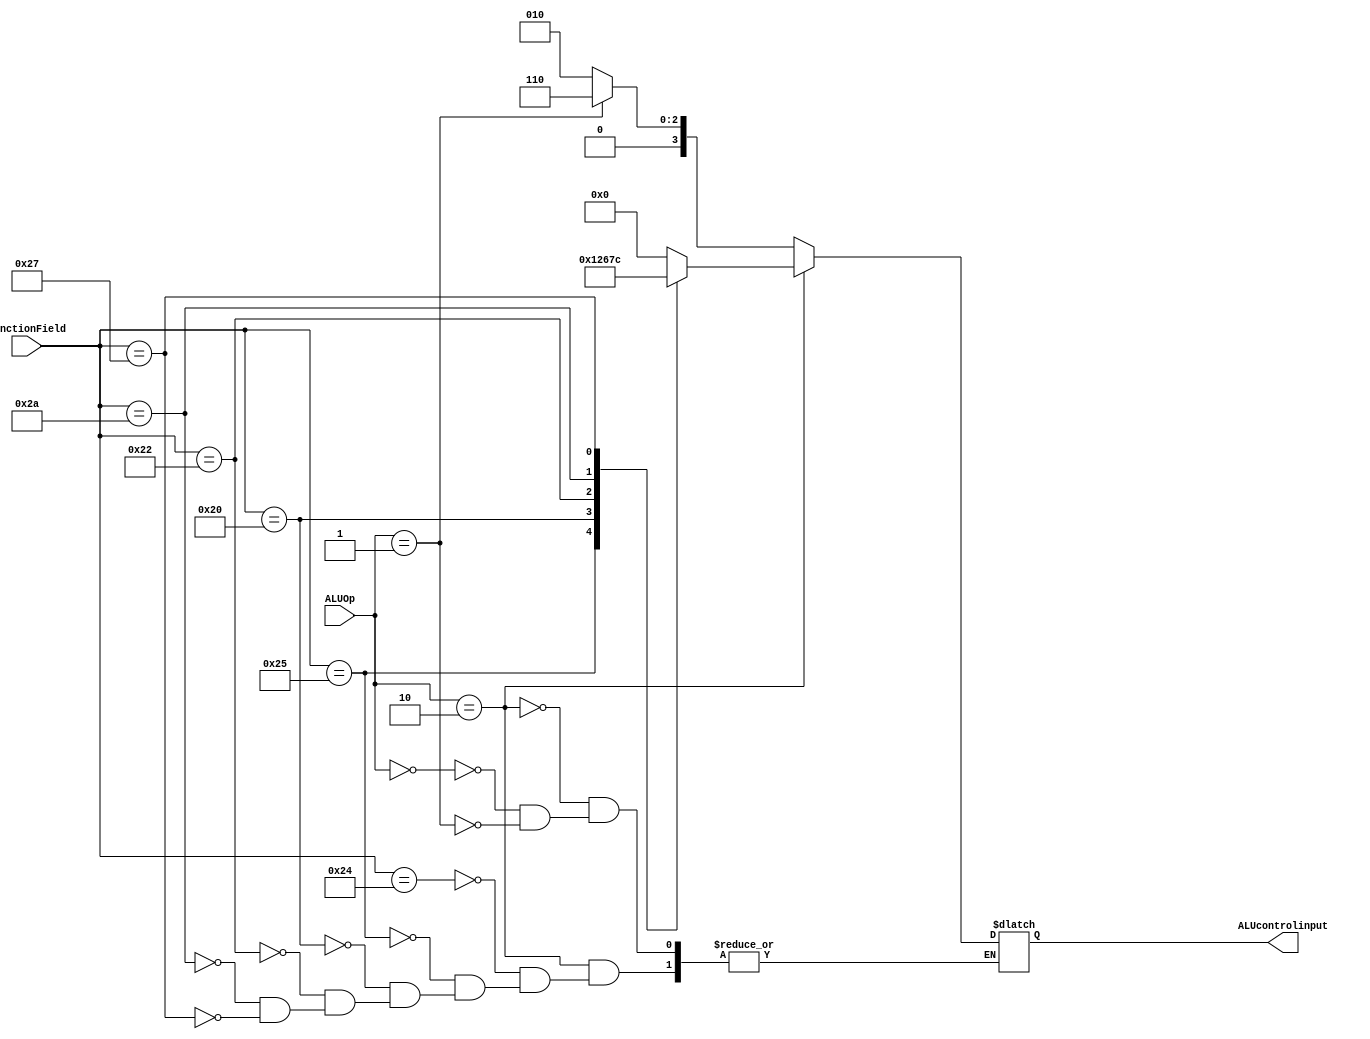
module ALUControlUnit (ALUcontrolinput,ALUOp,FunctionField);
input [1:0] ALUOp;
input [5:0] FunctionField;            
output [3:0] ALUcontrolinput;
reg ALUcontrolinput;
always @ (ALUOp,FunctionField) begin
    if ( ALUOp == 2)
	    case ( FunctionField )
		      36: ALUcontrolinput <= 0;  // and
			  37: ALUcontrolinput <= 1;  // or
			  32: ALUcontrolinput <= 2;  // add
			  34: ALUcontrolinput <= 6;  // subtract
			  42: ALUcontrolinput <= 7;  // slt
			  39: ALUcontrolinput <= 12;  // nor
	    endcase
	else
	    case ( ALUOp )
		    0: ALUcontrolinput <=2;
			1: ALUcontrolinput <=6;
		endcase	
 end			  
endmodule